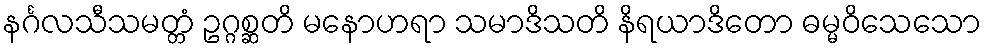
နင်္ဂလသီသမတ္တံ ဥဂ္ဂစ္ဆတိ မနောဟရာ သမာဒိသတိ နိရယာဒိတော ဓမ္မဝိသေသော